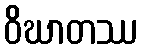
ဝိဃာတဿ